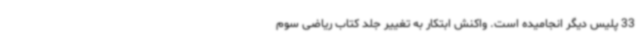
33 پلیس دیگر انجامیده است. واکنش ابتکار به تغییر جلد کتاب ریاضی سوم